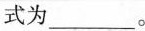
式为___。